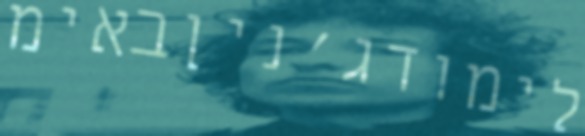
לימודג'ניןבאימ